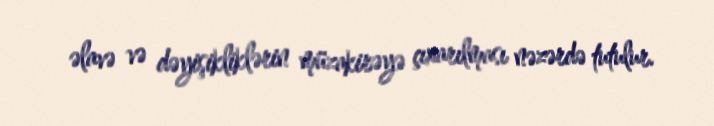
əlavə və dəyişikliklərin müzakirəyə çıxarılması nəzərdə tutulur.